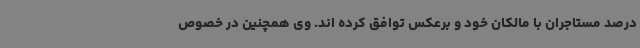
درصد مستاجران با مالکان خود و برعکس توافق کرده اند. وی همچنین در خصوص